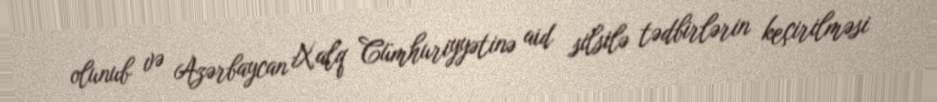
olunub və Azərbaycan Xalq Cümhuriyyətinə aid silsilə tədbirlərin keçirilməsi